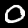
Label: 0